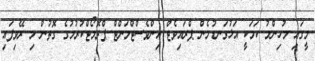
މީގައި މުހިންމު ކަމަކީ އަޅުގަނޑުމެން ޕްރައިވެޓް އިންވެސްޓްމަންޓް ޕްރޮމޯޓްކުރުމުގެ ގޮތުން މި ރޭވިފައި